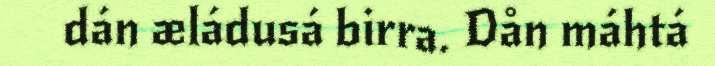
dán æládusá birra. Dån máhtá